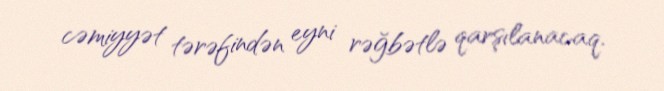
cəmiyyət tərəfindən eyni rəğbətlə qarşılanacaq.